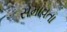
સમાવતા